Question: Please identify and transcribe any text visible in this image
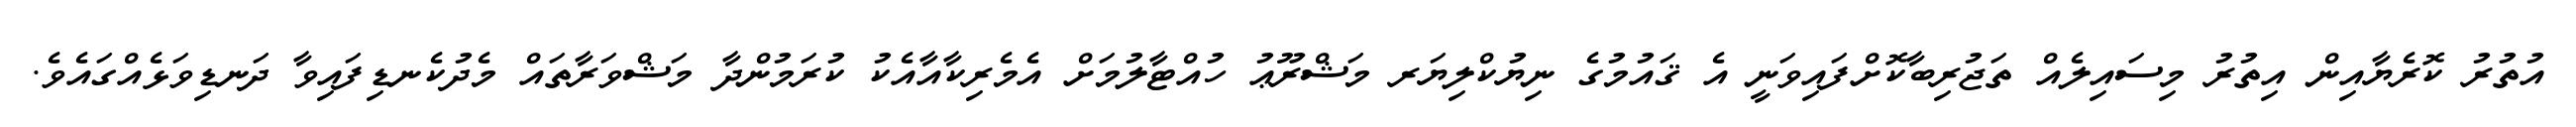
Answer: އުތުރު ކޮރެޔާއިން އިތުރު މިސައިލެއް ތަޖުރިބާކޮށްފައިވަނީ އެ ޤައުމުގެ ނިޔުކްލިޔަރ މަޝްރޫޢު ހުއްޓާލުމަށް އެމެރިކާއާއެކު ކުރަމުންދާ މަޝްވަރާތައް މެދުކެނޑިފައިވާ ދަނޑިވަޅެއްގައެވެ.